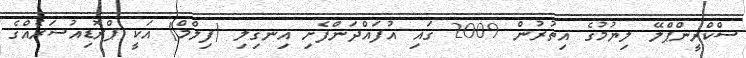
ސްކްރީންޕްލޭ ލިޔުމުގެ އިތުރުން 2009 ގައި އުފައްދަންފެށި އިނގިލި (ފިލްމް) އަކީ ޕްރޮޑިއުސަރެއްގެ